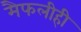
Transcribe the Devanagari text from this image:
मैफलीही